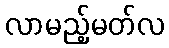
လာမည့်မတ်လ